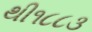
થી૧૮૮૩